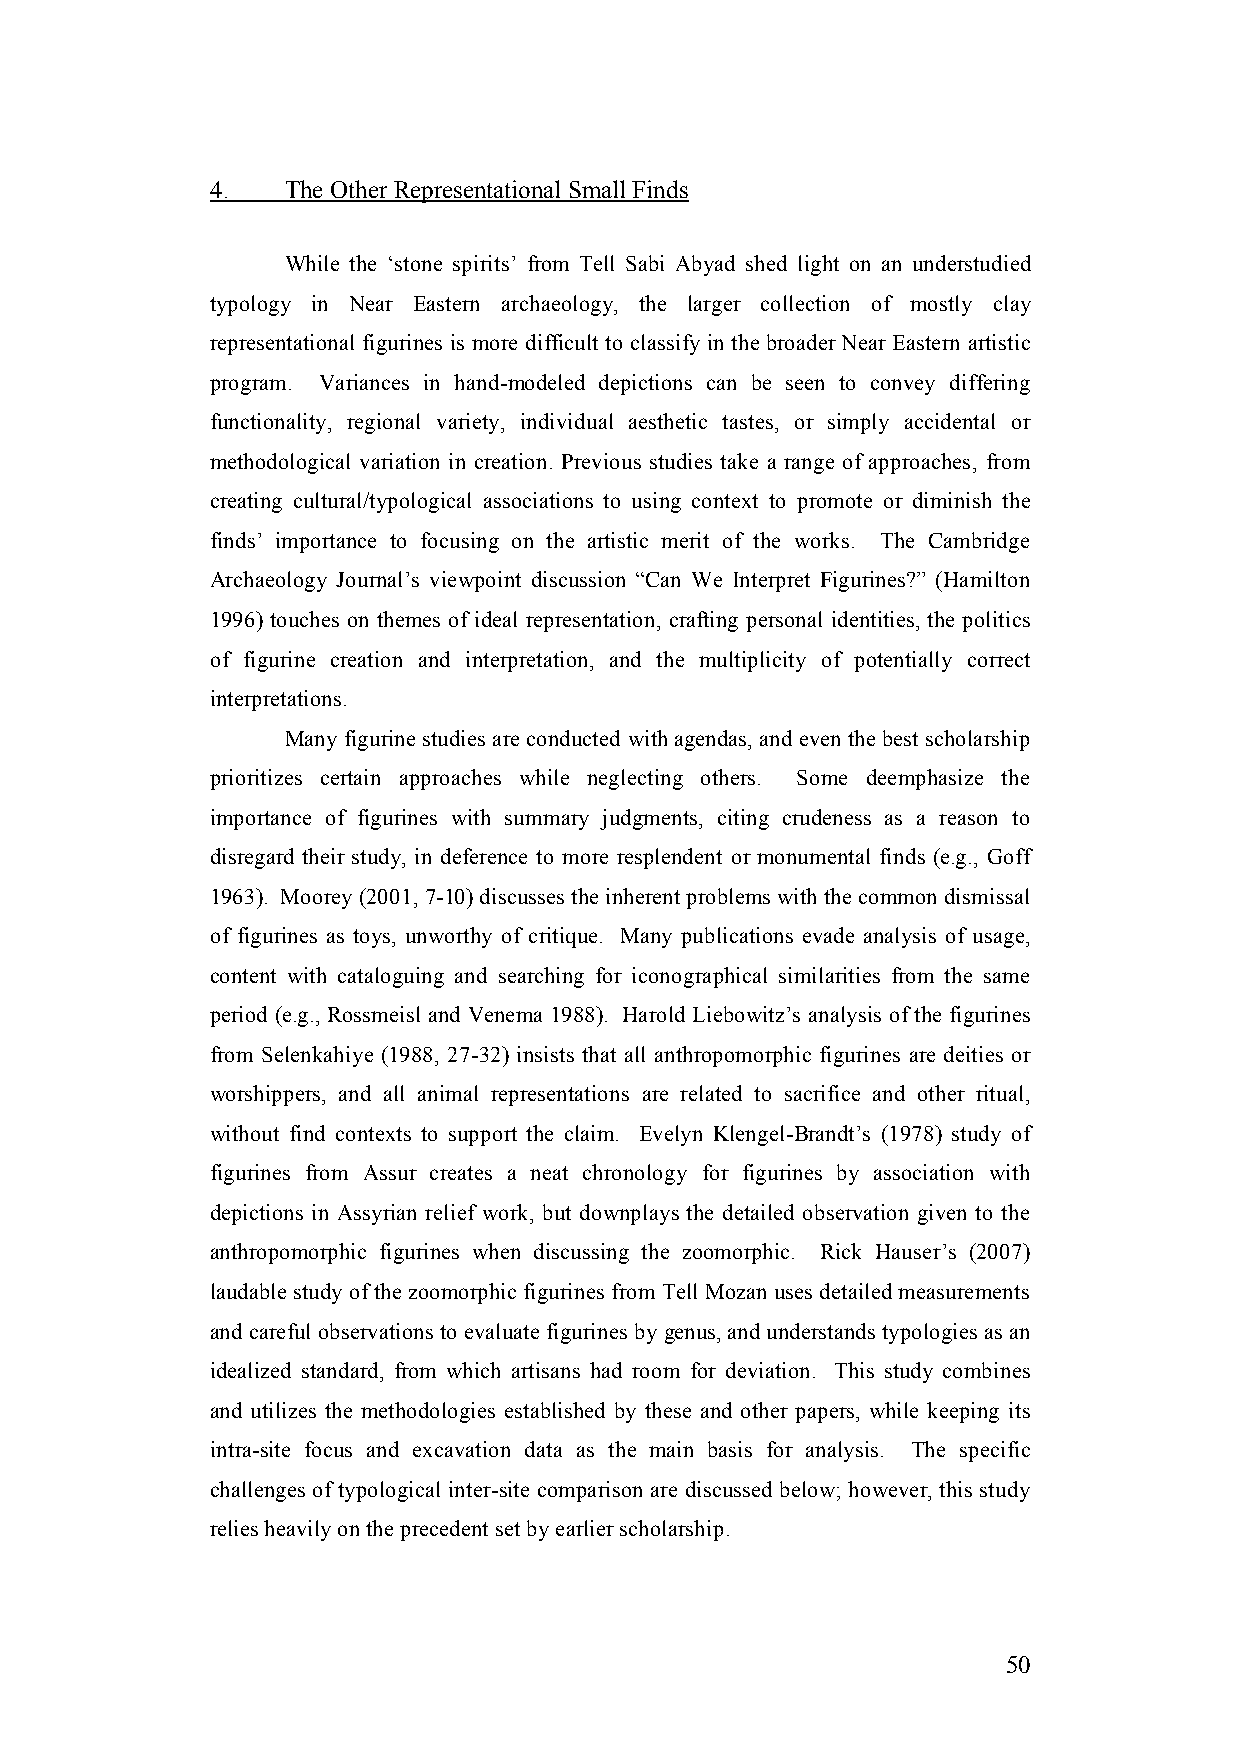
4.   The Other Representational Small Finds
 While the ‘stone spirits’ from Tell Sabi Abyad shed light on an understudied
 typology in Near Eastern archaeology, the larger collection of mostly clay
 representational figurines is more difficult to classify in the broader Near Eastern artistic
 program. Variances in hand-modeled depictions can be seen to convey differing
 functionality, regional variety, individual aesthetic tastes, or simply accidental or
 methodological variation in creation. Previous studies take a range of approaches, from
 creating cultural/typological associations to using context to promote or diminish the
 finds’ importance to focusing on the artistic merit of the works. The Cambridge
 Archaeology Journal’s viewpoint discussion “Can We Interpret Figurines?” (Hamilton
 1996) touches on themes of ideal representation, crafting personal identities, the politics
 of figurine creation and interpretation, and the multiplicity of potentially correct
 interpretations.
 Many figurine studies are conducted with agendas, and even the best scholarship
 prioritizes certain approaches while neglecting others. Some deemphasize the
 importance of figurines with summary judgments, citing crudeness as a reason to
 disregard their study, in deference to more resplendent or monumental finds (e.g., Goff
 1963). Moorey (2001, 7-10) discusses the inherent problems with the common dismissal
 of figurines as toys, unworthy of critique. Many publications evade analysis of usage,
 content with cataloguing and searching for iconographical similarities from the same
 period (e.g., Rossmeisl and Venema 1988). Harold Liebowitz’s analysis of the figurines
 from Selenkahiye (1988, 27-32) insists that all anthropomorphic figurines are deities or
 worshippers, and all animal representations are related to sacrifice and other ritual,
 without find contexts to support the claim. Evelyn Klengel-Brandt’s (1978) study of
 figurines from Assur creates a neat chronology for figurines by association with
 depictions in Assyrian relief work, but downplays the detailed observation given to the
 anthropomorphic figurines when discussing the zoomorphic. Rick Hauser’s (2007)
 laudable study of the zoomorphic figurines from Tell Mozan uses detailed measurements
 and careful observations to evaluate figurines by genus, and understands typologies as an
 idealized standard, from which artisans had room for deviation. This study combines
 and utilizes the methodologies established by these and other papers, while keeping its
 intra-site focus and excavation data as the main basis for analysis. The specific
 challenges of typological inter-site comparison are discussed below; however, this study
 relies heavily on the precedent set by earlier scholarship.
 50